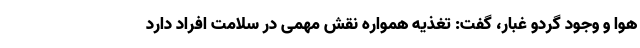
هوا و وجود گردو غبار، گفت: تغذیه همواره نقش مهمی در سلامت افراد دارد